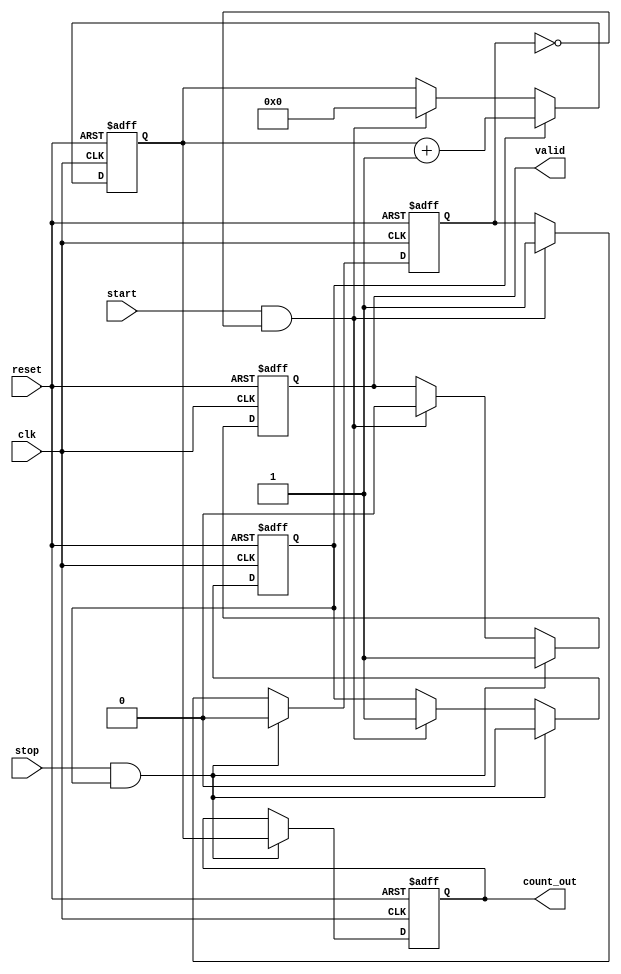
module TDC (
    input wire clk,          // Clock Input
    input wire reset,        // Reset Input
    input wire start,        // Start Signal
    input wire stop,         // Stop Signal
    output reg [N-1:0] count_out,  // Output Count Value
    output reg valid         // Output Valid Signal
);

parameter N = 16; // Bit-width of the counter (Adjust as needed)
reg [N-1:0] counter; // N-bit Counter
reg counting;         // Counting state
reg start_detected;   // Flag for start detection

// Asynchronous Reset and Logic to Handle Start/Stop
always @(posedge clk or posedge reset) begin
    if (reset) begin
        counter <= 0;          // Clear counter
        count_out <= 0;        // Clear output register
        counting <= 0;         // Disable counting
        valid <= 0;            // Clear valid signal
        start_detected <= 0;   // Clear start detected flag
    end
    else begin
        // Detect rising edge of the start signal
        if (start && !start_detected) begin
            counting <= 1;      // Start counting
            start_detected <= 1; // Set start detected flag
            counter <= 0;       // Reset counter at start
            valid <= 0;         // Clear valid signal
        end
        
        // Detect rising edge of the stop signal
        if (stop && counting) begin
            counting <= 0;      // Stop counting
            count_out <= counter; // Capture count value
            valid <= 1;         // Set valid signal
            start_detected <= 0; // Reset start detected flag
        end
        
        // Increment the counter if counting is enabled
        if (counting) begin
            counter <= counter + 1; // Increment the counter
        end
    end
end

endmodule